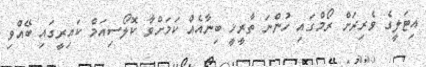
އިޓަލީގެ ވެރިރަށް ރޯމްގައި ހުންނަ ތާރީޚީ ބިނާއެއް ކަމަށްވާ ކޮލޯސިއަމް ކައިރީގައި ބޭއްވި